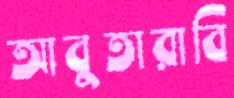
আবুতারাবি